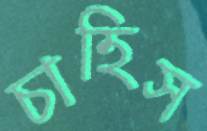
চাহিস